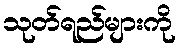
သုတ်ရည်များကို